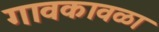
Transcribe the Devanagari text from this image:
गावकावळा